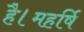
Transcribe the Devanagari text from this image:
है।महर्षि